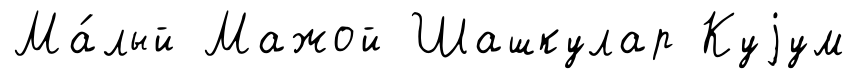
Ма́лый Мажой Шашкулар Куjум